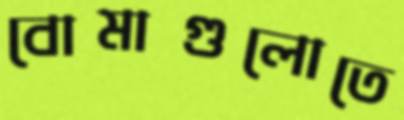
বোমাগুলোতে